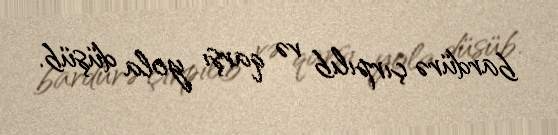
bardürə çırpılıb və qarşı yola düşüb.